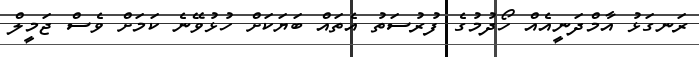
ރަނގަޅު އާމްދަނީއެއް ހޯދުމުގެ ފުރުސަތު އެތައް ބަޔަކަށް ހުޅުވޭނެ ކަމަށް ވެސް ޖަމީލް